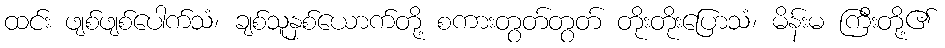
ထင်း ဖျစ်ဖျစ်ပေါက်သံ၊ ချစ်သူနှစ်ယောက်တို့ စကားတွတ်တွတ် တိုးတိုးပြောသံ၊ မိန်းမ ကြီးတို့၏